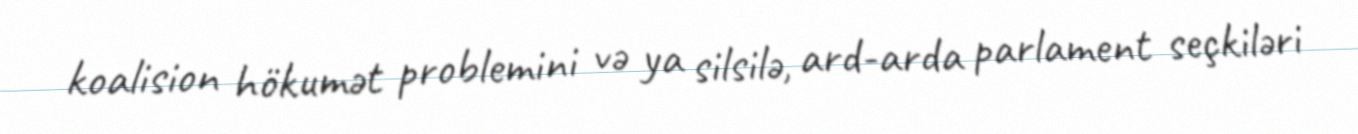
koalision hökumət problemini və ya silsilə, ard-arda parlament seçkiləri